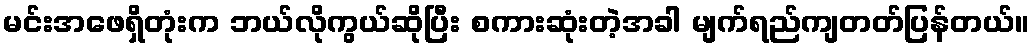
မင်းအဖေရှိတုံးက ဘယ်လိုကွယ်ဆိုပြီး စကားဆုံးတဲ့အခါ မျက်ရည်ကျတတ်ပြန်တယ်။